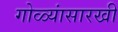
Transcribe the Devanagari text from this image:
गोळ्यांसारखी